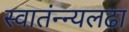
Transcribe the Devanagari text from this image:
स्वातंन्न्यलढा